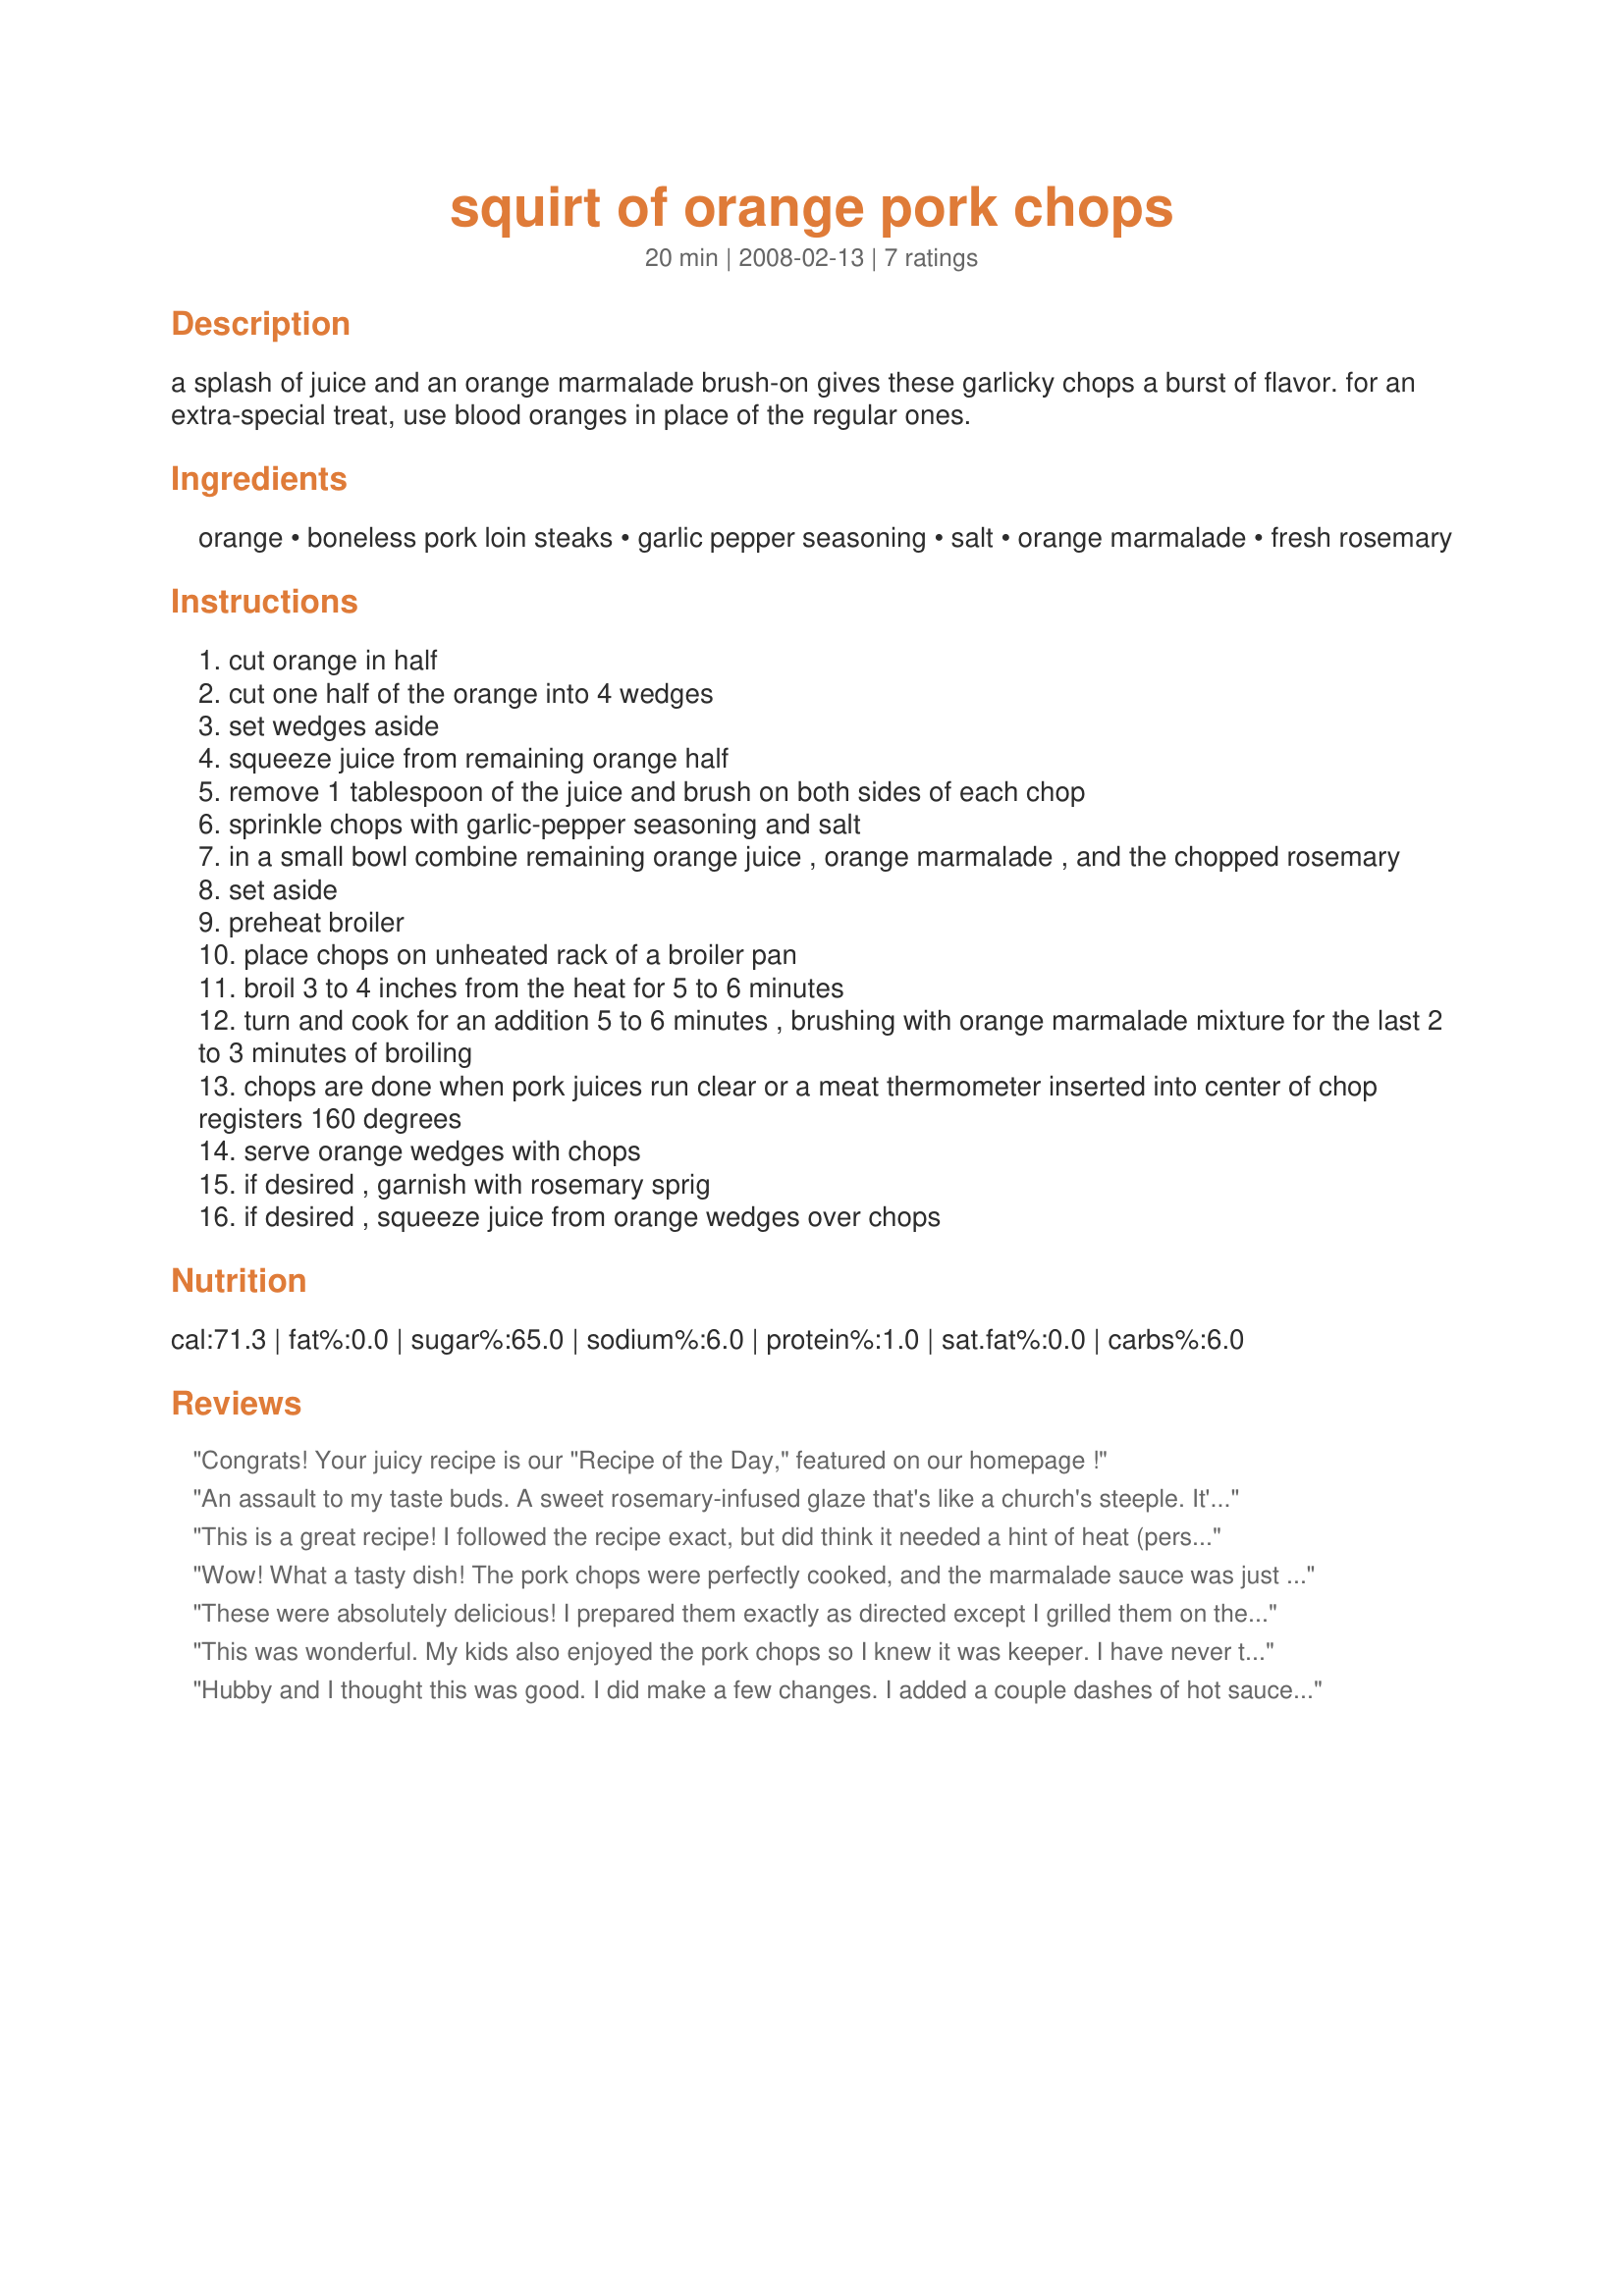
squirt of orange pork chops
Preparation time: 20 minutes

a splash of juice and an orange marmalade brush-on gives these garlicky chops a burst of flavor. for an extra-special treat, use blood oranges in place of the regular ones.

Ingredients:
orange, boneless pork loin steaks, garlic pepper seasoning, salt, orange marmalade, fresh rosemary

Steps:
cut orange in half
cut one half of the orange into 4 wedges
set wedges aside
squeeze juice from remaining orange half
remove 1 tablespoon of the juice and brush on both sides of each chop
sprinkle chops with garlic-pepper seasoning and salt
in a small bowl combine remaining orange juice , orange marmalade , and the chopped rosemary
set aside
preheat broiler
place chops on unheated rack of a broiler pan
broil 3 to 4 inches from the heat for 5 to 6 minutes
turn and cook for an addition 5 to 6 minutes , brushing with orange marmalade mixture for the last 2 to 3 minutes of broiling
chops are done when pork juices run clear or a meat thermometer inserted into center of chop registers 160 degrees
serve orange wedges with chops
if desired , garnish with rosemary sprig
if desired , squeeze juice from orange wedges over chops

Reviews:
Congrats! Your juicy recipe is our "Recipe of the Day," featured on our homepage !
An assault to my taste buds. A sweet rosemary-infused glaze that's like a church's steeple. It's where it makes its point. Made for A-NZ #36 Recipe Swap.
This is a great recipe! I followed the recipe exact, but did think it needed a hint of heat (personal preference) ... I added 1 Tbls of Pickapepper Sauce and it gave it just enough kick. Perfect with the fresh rosemary. I grilled these chops on the BBQ and it got nice grill marks that I think added flavor! :yummy: The family wants me to make these again! Thanks for Sharing this easy and tastey recipe. (Made for Bevy Tag 09) ~V
Wow! What a tasty dish! The pork chops were perfectly cooked, and the marmalade sauce was just sweet enough for DH's and my taste. Our 13-month-old daughter enjoyed her portion as well! The only variations I made were using orange juice instead of a fresh orange and using garlic powder + ground black pepper instead of garlic pepper seasoning--simply because these ingredients were not on hand. When broiling the pork chops for the last 3 minutes with the marmalade sauce, the marmalade bits crisped nicely atop the chops; and the sauce thickened slightly and intensified. I would not have considered combining rosemary with orange previously, but now I think I'll try the flavor combination in other dishes. Orange really brings out the sweet side of rosemary, which is normally considered a savory herb. Thanks for a delightful, eye-opening culinary experience. (Made for AUS/NZ Recipe Swap #37)
These were absolutely delicious! I prepared them exactly as directed except I grilled them on the barbecue over a very low heat. The orange was not too overpowering and it went perfectly with the fresh rosemary! Perfect!
This was wonderful. My kids also enjoyed the pork chops so I knew it was keeper. I have never thought of combining orange and rosemary, but it was excellent. Thanks for posting this!
Hubby and I thought this was good. I did make a few changes. I added a couple dashes of hot sauce because I thought the contrast of hot and sweet would taste good- and it did. I also used fresh, finely minced garlic instead of garlic pepper seasoning. I think next time I make this, I will just coat the chops with the marmalade mixture right from the start, its just easier, and I think if broiled for just the right time, it would get kind of crispy, which to me would be really tasty. These would also work well on the grill, and I was thinking the marmalade mixture would taste great on shrimp or chicken too. Thanks for posting.
